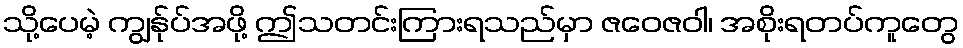
သို့ပေမဲ့ ကျွန်ုပ်အဖို့ ဤသတင်းကြားရသည်မှာ ဇဝေဇဝါ၊ အစိုးရတပ်ကူတွေ